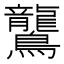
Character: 鸗